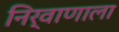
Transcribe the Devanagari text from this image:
निर्वाणाला